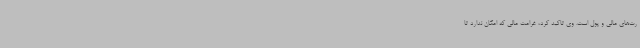
رت‌های مالی و پول است. وی تاکید کرد، غرامت مالی که امکان ندارد تا